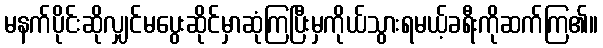
မနက်ပိုင်းဆိုလျှင်မပွေးဆိုင်မှာဆုံကြပြီးမှကိုယ်သွားရမယ့်ခရီးကိုဆက်ကြ၏။